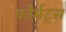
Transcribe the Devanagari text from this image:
फोर्मट्स